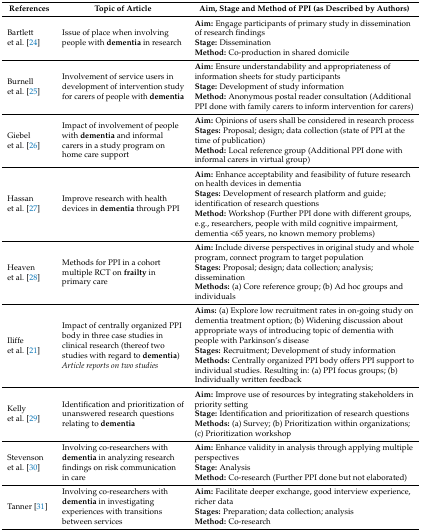
| References | Topic of Article | Aim, Stage and Method of PPI (as Described by Authors) |
 | --- | --- | --- |
 | Bartlett et al. [24] | Issue of place when involving people with dementia in research | Aim: Engage participants of primary study in dissemination of research findings Stage: Dissemination Method: Co-production in shared domicile |
 | Burnell et al. [25] | Involvement of service users in development of intervention study for carers of people with dementia | Aim: Ensure understandability and appropriateness of information sheets for study participantsStage: Development of study informationMethod: Anonymous postal reader consultation (Additional PPI done with family carers to inform intervention for carers) |
 | Giebel et al. [26] | Impact of involvement of people with dementia and informal carers in a study program on home care support | Aim: Opinions of users shall be considered in research process Stages: Proposal; design; data collection (state of PPI at the time of publication) Method: Local reference group (Additional PPI done with informal carers in virtual group) |
 | Hassan et al. [27] | Improve research with health devices in dementia through PPI | Aim: Enhance acceptability and feasibility of future research on health devices in dementia Stages: Development of research platform and guide; identification of research questions Method: Workshop (Further PPI done with different groups, e.g., researchers, people with mild cognitive impairment, dementia <65 years, no known memory problems) |
 | Heaven et al. [28] | Methods for PPI in a cohort multiple RCT on frailty in primary care | Aim: Include diverse perspectives in original study and whole program, connect program to target population Stages: Proposal; design; data collection; analysis; dissemination Methods: (a) Core reference group; (b) Ad hoc groups and individuals |
 | Iliffe et al. [21] | Impact of centrally organized PPI body in three case studies in clinical research (thereof two studies with regard to dementia) Article reports on two studies | Aims: (a) Explore low recruitment rates in on-going study on dementia treatment option; (b) Widening discussion about appropriate ways of introducing topic of dementia with people with Parkinson’s disease Stages: Recruitment; Development of study information Methods: Centrally organized PPI body offers PPI support to individual studies. Resulting in: (a) PPI focus groups; (b) Individually written feedback |
 | Kelly et al. [29] | Identification and prioritization of unanswered research questions relating to dementia | Aim: Improve use of resources by integrating stakeholders in priority setting Stage: Identification and prioritization of research questions Methods: (a) Survey; (b) Prioritization within organizations; (c) Prioritization workshop |
 | Stevenson et al. [30] | Involving co-researchers with dementia in analyzing research findings on risk communication in care | Aim: Enhance validity in analysis through applying multiple perspectives Stage: Analysis Method: Co-research (Further PPI done but not elaborated) |
 | Tanner [31] | Involving co-researchers with dementia in investigating experiences with transitions between services | Aim: Facilitate deeper exchange, good interview experience, richer data Stages: Preparation; data collection; analysis Method: Co-research |